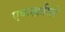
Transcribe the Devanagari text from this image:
एकस्क़सिते